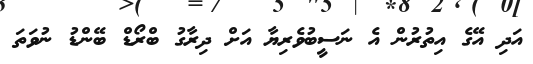
އަދި އޭގެ އިތުރުން އެ ނަސީބުވެރިޔާ އަށް ދިރާގު ބްރޯޑް ބޭންޑު ނުވަތަ